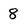
Character: 8